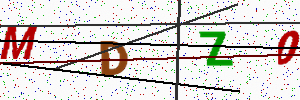
Text: MDZ0